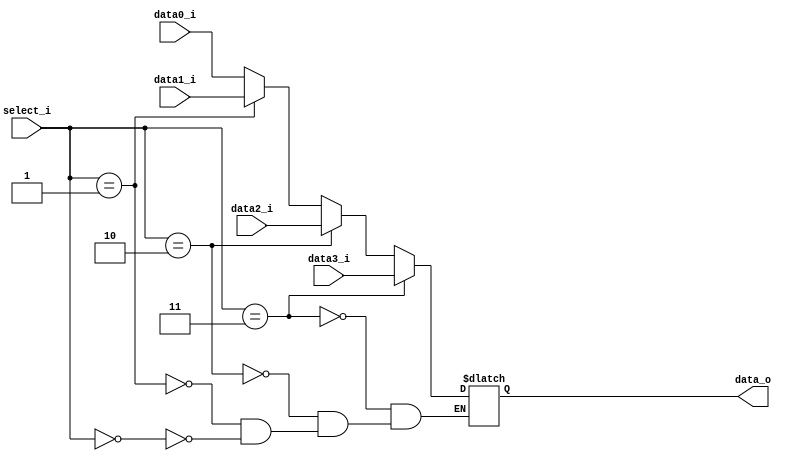
//Subject:     CO project 2 - MUX 221
//--------------------------------------------------------------------------------
//Version:     1
//--------------------------------------------------------------------------------
//Writer:      Luke
//----------------------------------------------
//----------------------------------------------
//Description: 
//--------------------------------------------------------------------------------
     
module MUX_4to1(
               data0_i,
               data1_i,
               data2_i,
               data3_i,
               select_i,
               data_o
               );

parameter size = 0;			   
			
//I/O ports               
input   [size-1:0] data0_i;          
input   [size-1:0] data1_i;
input   [size-1:0] data2_i;
input   [size-1:0] data3_i;
input   [2-1:0]    select_i;
output  [size-1:0] data_o; 

//Internal Signals
reg     [size-1:0] data_o;

//Main function
always@ ( data0_i or data1_i or select_i) begin
    if ( select_i == 2'b00) begin
    data_o <= data0_i;
    end 
    if ( select_i == 2'b01) begin
    data_o <= data1_i;
    end
    if ( select_i == 2'b10) begin
    data_o <= data2_i;
    end
    if ( select_i == 2'b11) begin
    data_o <= data3_i;
    end

end

endmodule